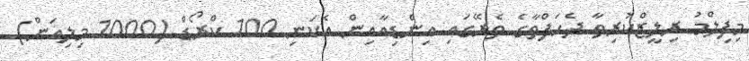
މިފިލްމު ރިލީޒްކުރިތާ ދެހަފްތާގެ ތެރޭގައި އިންޑިއާއިން އެކަނި 100 ކްރޯޑް (1000 މިލިއަން)